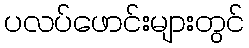
ပလပ်ဖောင်းများတွင်